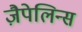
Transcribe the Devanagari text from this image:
ज़ैपेलिन्स